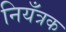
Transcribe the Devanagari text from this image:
नियँत्रक